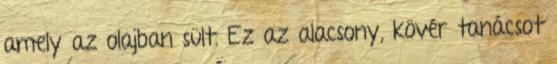
amely az olajban sült. Ez az alacsony, kövér tanácsot